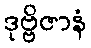
ဒုဗ္ဗိဇာနံ